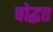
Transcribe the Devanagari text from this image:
चोद्धत